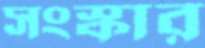
সংস্কার